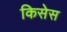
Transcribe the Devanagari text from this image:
किसेस